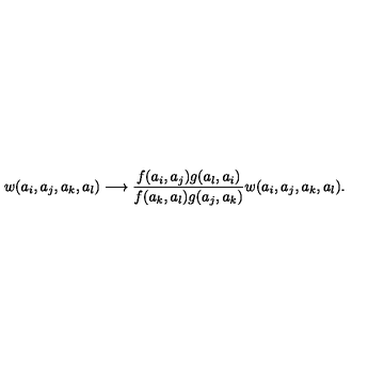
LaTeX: w ( a _ { i } , a _ { j } , a _ { k } , a _ { l } ) \longrightarrow \frac { f ( a _ { i } , a _ { j } ) g ( a _ { l } , a _ { i } ) } { f ( a _ { k } , a _ { l } ) g ( a _ { j } , a _ { k } ) } w ( a _ { i } , a _ { j } , a _ { k } , a _ { l } ) .